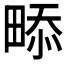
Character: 𤲖